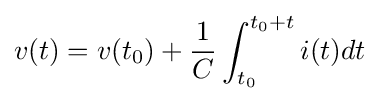
v(t)=v(t_{0})+{\frac {1}{C}}\int _{t_{0}}^{t_{0}+t}{i(t)dt}